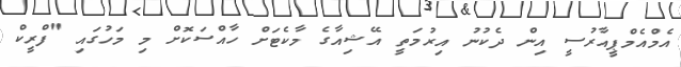
އެމްއެމްޕީއާރުސީ އިން ދެކުނު އިރުމަތީ އޭޝިއާގެ މާކެޓަށް ހާއްސަކޮށް މި މަހުގައި "ފްރީކް